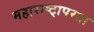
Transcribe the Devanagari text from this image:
महाराष्ट्रापरता